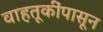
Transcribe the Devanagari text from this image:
वाहतूकींपासून